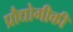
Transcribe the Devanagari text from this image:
प्रौद्योगीकी